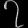
Digit: ၇